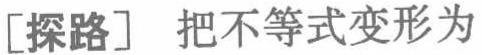
[探路] 把不等式变形为